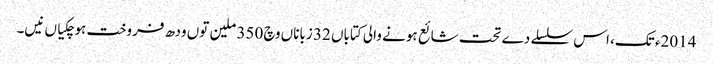
2014ء تک، اس سلسلے دے تحت شائع ہونے والی کتاباں 32 زباناں وچ 350 ملین تو‏ں ودھ فروخت ہوچکیاں نیں۔